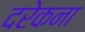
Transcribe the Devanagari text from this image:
दरेकना